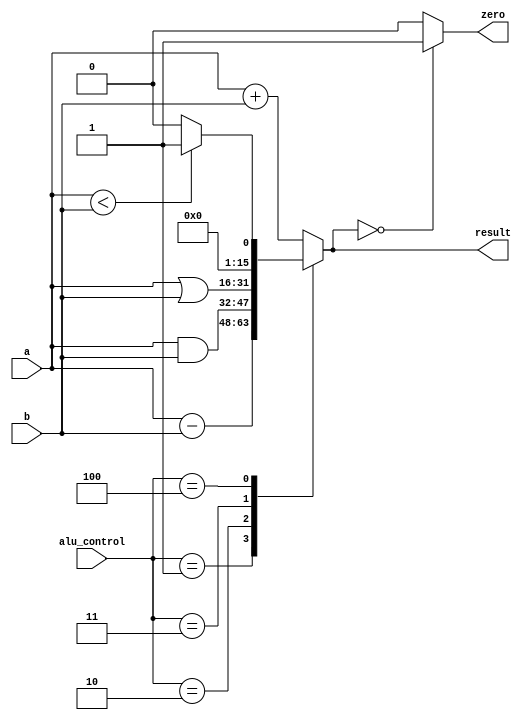
//fpga4student.com: FPga projects, Verilog projects, VHDL projects
// Verilog code for ALU
module alu(       
      input          [15:0]     a,          //src1  
      input          [15:0]     b,          //src2  
      input          [2:0]     alu_control,     //function sel  
      output     reg     [15:0]     result,          //result       
      output zero  
   );  
 always @(*)  //fpga4student.com: FPga projects, Verilog projects, VHDL projects
 begin   
      case(alu_control)  
      3'b000: result = a + b; // add  
      3'b001: result = a - b; // sub  
      3'b010: result = a & b; // and  
      3'b011: result = a | b; // or  
      3'b100: begin if (a<b) result = 16'd1;  
                     else result = 16'd0;  
                     end  
      default:result = a + b; // add  
      endcase  
 end  
 assign zero = (result==16'd0) ? 1'b1: 1'b0;  
 endmodule